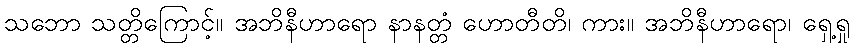
သဘော သတ္တိကြောင့်။ အဘိနီဟာရော နာနတ္တံ ဟောတီတိ၊ ကား။ အဘိနီဟာရော၊ ရှေ့ရှု